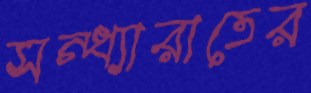
সন্ধ্যারাতের